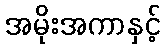
အမိုးအကာနှင့်